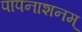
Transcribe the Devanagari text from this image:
पापनाशनम्